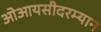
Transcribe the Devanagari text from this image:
ओआयसीदरम्यान